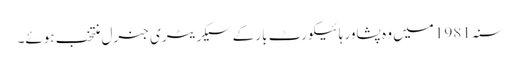
سنہ 1981 میں وہ پشاور ہائیکورٹ بار کے سیکریٹری جنرل منتخب ہوئے۔